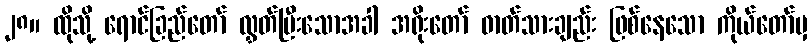
၂၈။ ထိုသို့ ရောင်ခြည်တော် လွှတ်ပြီးသောအခါ အရိုးတော် ဓာတ်သားချည်း ဖြစ်နေသော ကိုယ်တော်မှ